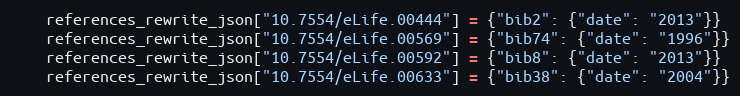
Language: Python
    references_rewrite_json["10.7554/eLife.00444"] = {"bib2": {"date": "2013"}}
    references_rewrite_json["10.7554/eLife.00569"] = {"bib74": {"date": "1996"}}
    references_rewrite_json["10.7554/eLife.00592"] = {"bib8": {"date": "2013"}}
    references_rewrite_json["10.7554/eLife.00633"] = {"bib38": {"date": "2004"}}